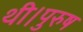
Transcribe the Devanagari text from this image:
थी।पुरुष